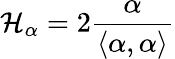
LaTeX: \mathcal{H}_{\alpha}=2{\frac{{\alpha}}{{\langle\alpha,\alpha\rangle}}}